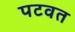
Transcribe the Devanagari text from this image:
पटवत